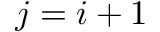
j = i + 1